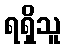
ရရှိသူ